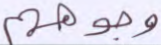
وجوههم